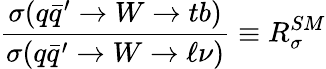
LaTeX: {\frac{\sigma(q\bar{q}^{\prime}\to W\to tb)}{\sigma(q\bar{q}^{\prime}\to W\to\ell\nu)}}\equiv R_{\sigma}^{SM}